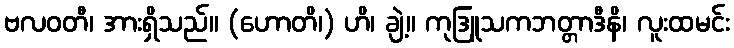
ဗလဝတီ၊ အားရှိသည်။ (ဟောတိ၊) ဟိ၊ ချဲ့။ ကုဒြူသကဘတ္တာဒီနိ၊ လူးထမင်း